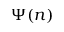
\Psi ( n )